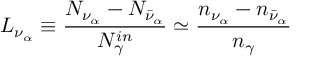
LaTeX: L _ { \nu _ { \alpha } } \equiv \frac { N _ { \nu _ { \alpha } } - N _ { \bar { \nu } _ { \alpha } } } { N _ { \gamma } ^ { i n } } \simeq \frac { n _ { \nu _ { \alpha } } - n _ { \bar { \nu } _ { \alpha } } } { n _ { \gamma } }